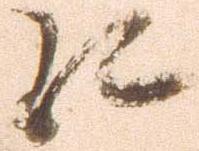
江